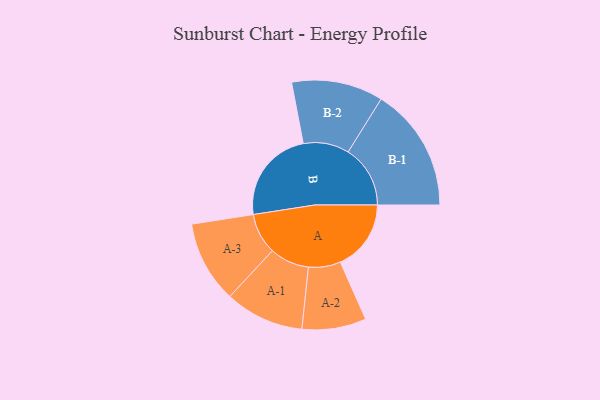
{"axis": {"x": "Segment", "y": "Value"}, "legend": ["", "A", "B"], "data": [{"x": "A", "y": 247, "type": ""}, {"x": "B", "y": 329, "type": ""}, {"x": "A-1", "y": 138, "type": "A"}, {"x": "A-2", "y": 112, "type": "A"}, {"x": "A-3", "y": 143, "type": "A"}, {"x": "B-1", "y": 217, "type": "B"}, {"x": "B-2", "y": 160, "type": "B"}]}